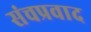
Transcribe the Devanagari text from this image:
संचप्रवाद